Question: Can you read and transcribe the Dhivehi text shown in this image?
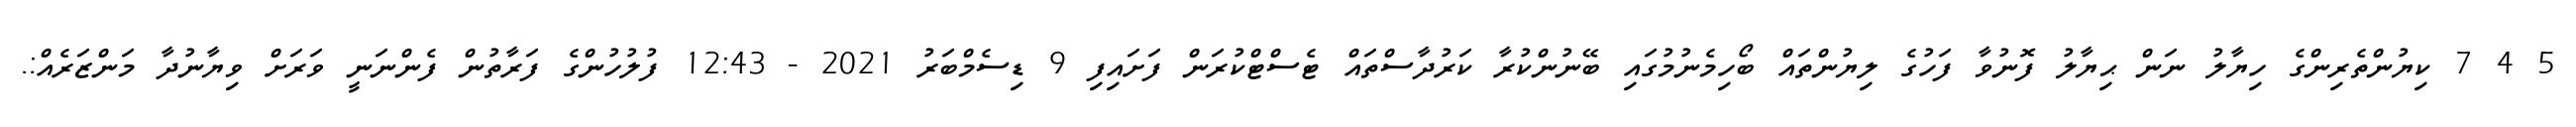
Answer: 5 4 7 ކިޔުންތެރިންގެ ހިޔާލު ނަން ޙިޔާލު ފޮނުވާ ފަހުގެ ލިޔުންތައް ބޯހިމެނުމުގައި ބޭނުންކުރާ ކަރުދާސްތައް ޓެސްޓްކުރަން ފަށައިފި 9 ޑިސެމްބަރު 2021 - 12:43 ފުލުހުންގެ ފަރާތުން ފެންނަނީ ވަރަށް ވިޔާނުދާ މަންޒަރެއް:.